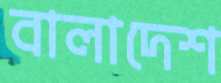
বালাদেশ